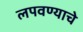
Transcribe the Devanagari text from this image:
लपवण्याचे